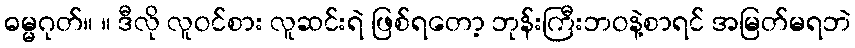
ဓမ္မဂုတ်။ ။ ဒီလို လူဝင်စား လူဆင်းရဲ ဖြစ်ရတော့ ဘုန်းကြီးဘဝနဲ့စာရင် အမြတ်မရဘဲ